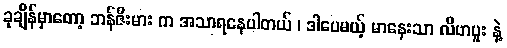
ခုချိန်မှာတော့ ဘန်ဇီးမား က အသာရနေပါတယ် ၊ ဒါပေမယ့် မာနေးသာ လီဗာပူး နဲ့